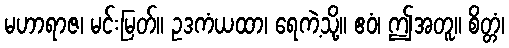
မဟာရာဇ၊ မင်းမြတ်။ ဥဒကံယထာ၊ ရေကဲ့သို့။ ဧဝံ၊ ဤအတူ။ စိတ္တံ၊